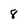
Character: 8